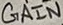
Text: GAIN